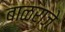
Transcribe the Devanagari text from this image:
बाळराजे